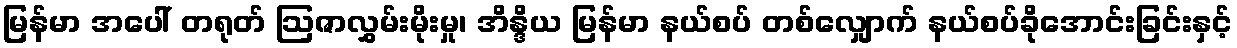
မြန်မာ အပေါ် တရုတ် ဩဇာလွှမ်းမိုးမှု၊ အိန္ဒိယ မြန်မာ နယ်စပ် တစ်လျှောက် နယ်စပ်ခိုအောင်းခြင်းနှင့်